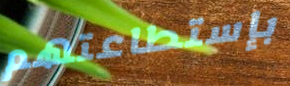
بإستطاعتهم